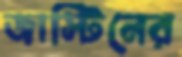
জাস্টিনের